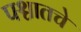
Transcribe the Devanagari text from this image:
पश्चातचे